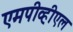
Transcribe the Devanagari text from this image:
एमपीव्हीएल